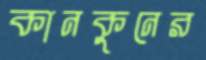
কানকুনের